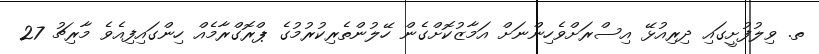
ތ. ވިލުފުށީގައި ދިރިއުޅޭ އިސްރަށްވެހިންނަށް އަމާޒުކޮށްގެން ހޭލުންތެރިކުރުމުގެ ޕްރޮގްރާމެއް ހިންގައިފިއެވެ މާރިޗު 27